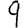
Digit: 9